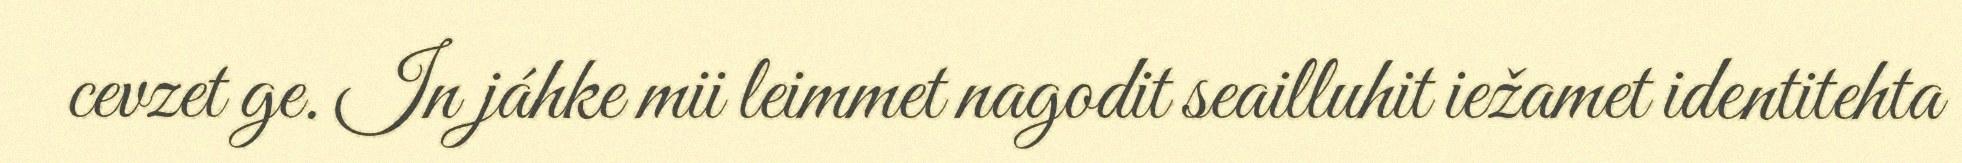
cevzet ge. In jáhke mii leimmet nagodit seailluhit iežamet identitehta